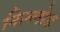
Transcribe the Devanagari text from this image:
निल्लोड